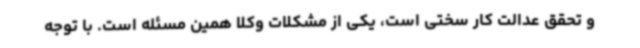
و تحقق عدالت کار سختی است، یکی از مشکلات وکلا همین مسئله است. با توجه